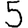
Digit: 5